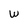
Character: w